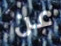
عن